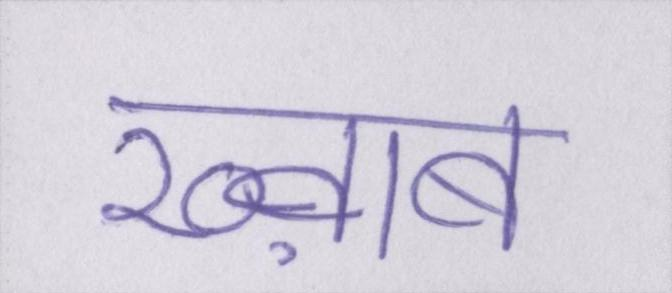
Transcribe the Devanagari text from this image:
ख्व़ाब